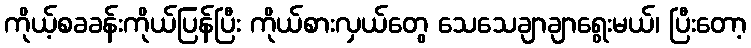
ကိုယ့်စခခန်းကိုယ်ပြန်ပြီး ကိုယ်စားလှယ်တွေ သေသေချာချာရွေးမယ်၊ ပြီးတော့